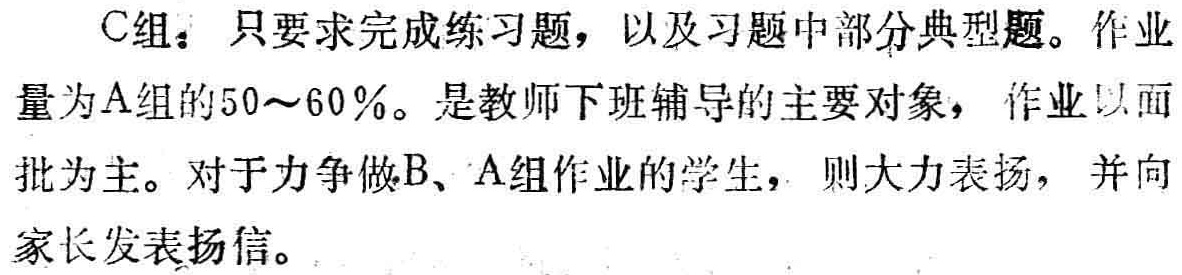
C组：只要求完成练习题，以及习题中部分典型题。作业量为A组的50\sim 60\%。是教师下班辅导的主要对象，作业以面批为主。对于力争做B、A组作业的学生，则大力表扬，并向家长发表扬信。